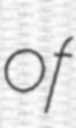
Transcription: of